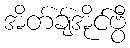
အိတ်ချ်အိုင်ဗွီ